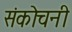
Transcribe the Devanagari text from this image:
संकोचनी